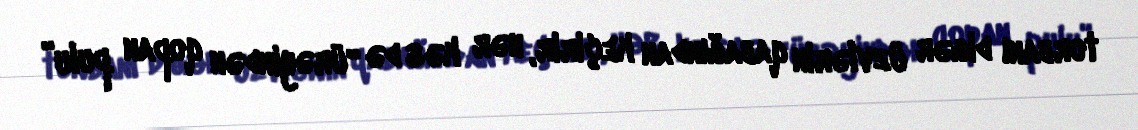
torbanı digər üzvlərin qabağından keçirir, hər kəs də “ürəyindən qopan pulu”